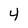
Character: 4